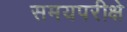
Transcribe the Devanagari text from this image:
समयपरीक्षे